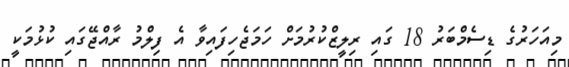
މިއަހަރުގެ ޑިސެމްބަރު 18 ގައި ރިލީޒްކުރުމަށް ހަމަޖެހިފައިވާ އެ ފިލްމު ރާއްޖޭގައި ކުޅުމަކީ